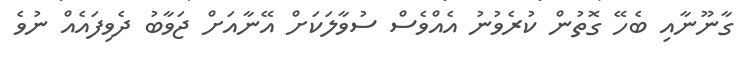
ގާނޫނާއި ބެހޭ ގޮތުން ކުރެވުނު އެއްވެސް ސުވާލަކަށް އޭނާއަށް ޖަވާބު ދެވިފައެއް ނުވެ